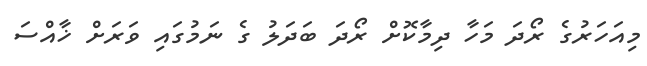
މިއަހަރުގެ ރޯދަ މަހާ ދިމާކޮށް ރޯދަ ބަދަލު ގެ ނަމުގައި ވަރަށް ޚާއްސަ